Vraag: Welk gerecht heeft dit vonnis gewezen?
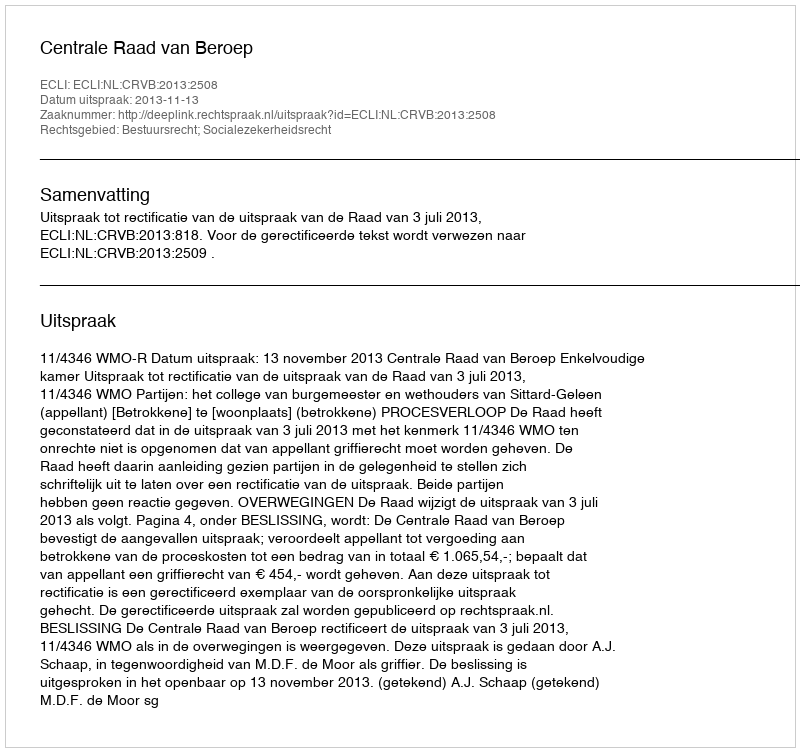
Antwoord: Centrale Raad van Beroep